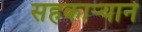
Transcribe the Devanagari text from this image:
सहकार्‍याने